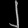
Digit: ၂